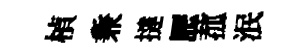
楨兼撻歴菰泯